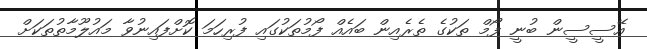
އޭސީސީން ބުނީ ފޯމް ތަކުގެ ތެރެއިން ބައެއް ފޯމުތަކުގައި ފުރިހަމަ ކޮށްފައިނުވާ މައުލޫމާތުތަކަށް